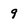
Character: 9